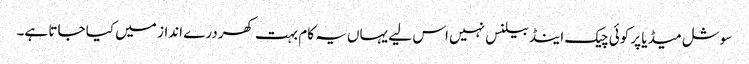
سوشل میڈیا پر کوئی چیک اینڈ بیلنس نہیں اس لیے یہاں یہ کام بہت کھردرے انداز میں کیا جاتا ہے۔